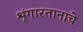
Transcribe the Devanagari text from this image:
शृंगारतानाचे